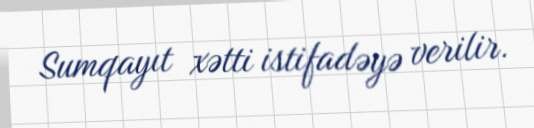
Sumqayıt xətti istifadəyə verilir.